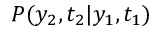
P ( y _ { 2 } , t _ { 2 } | y _ { 1 } , t _ { 1 } )